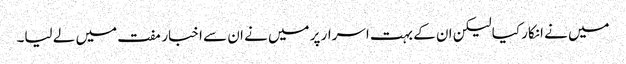
میں نے انکار کیا لیکن ان کے بہت اسرار پر میں نے ان سے اخبار مفت میں لے لیا۔